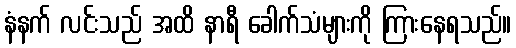
နံနက် လင်းသည် အထိ နာရီ ခေါက်သံများကို ကြားနေရသည်။